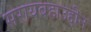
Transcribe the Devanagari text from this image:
सरायबहाउद्दीन